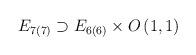
LaTeX: \begin{align*}E_{7(7)}\supset E_{6(6)}\times O\left(1,1\right)\end{align*}